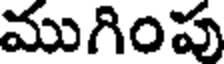
ముగింపు